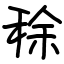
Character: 稌